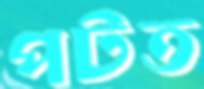
পটত